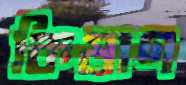
কিষাণ